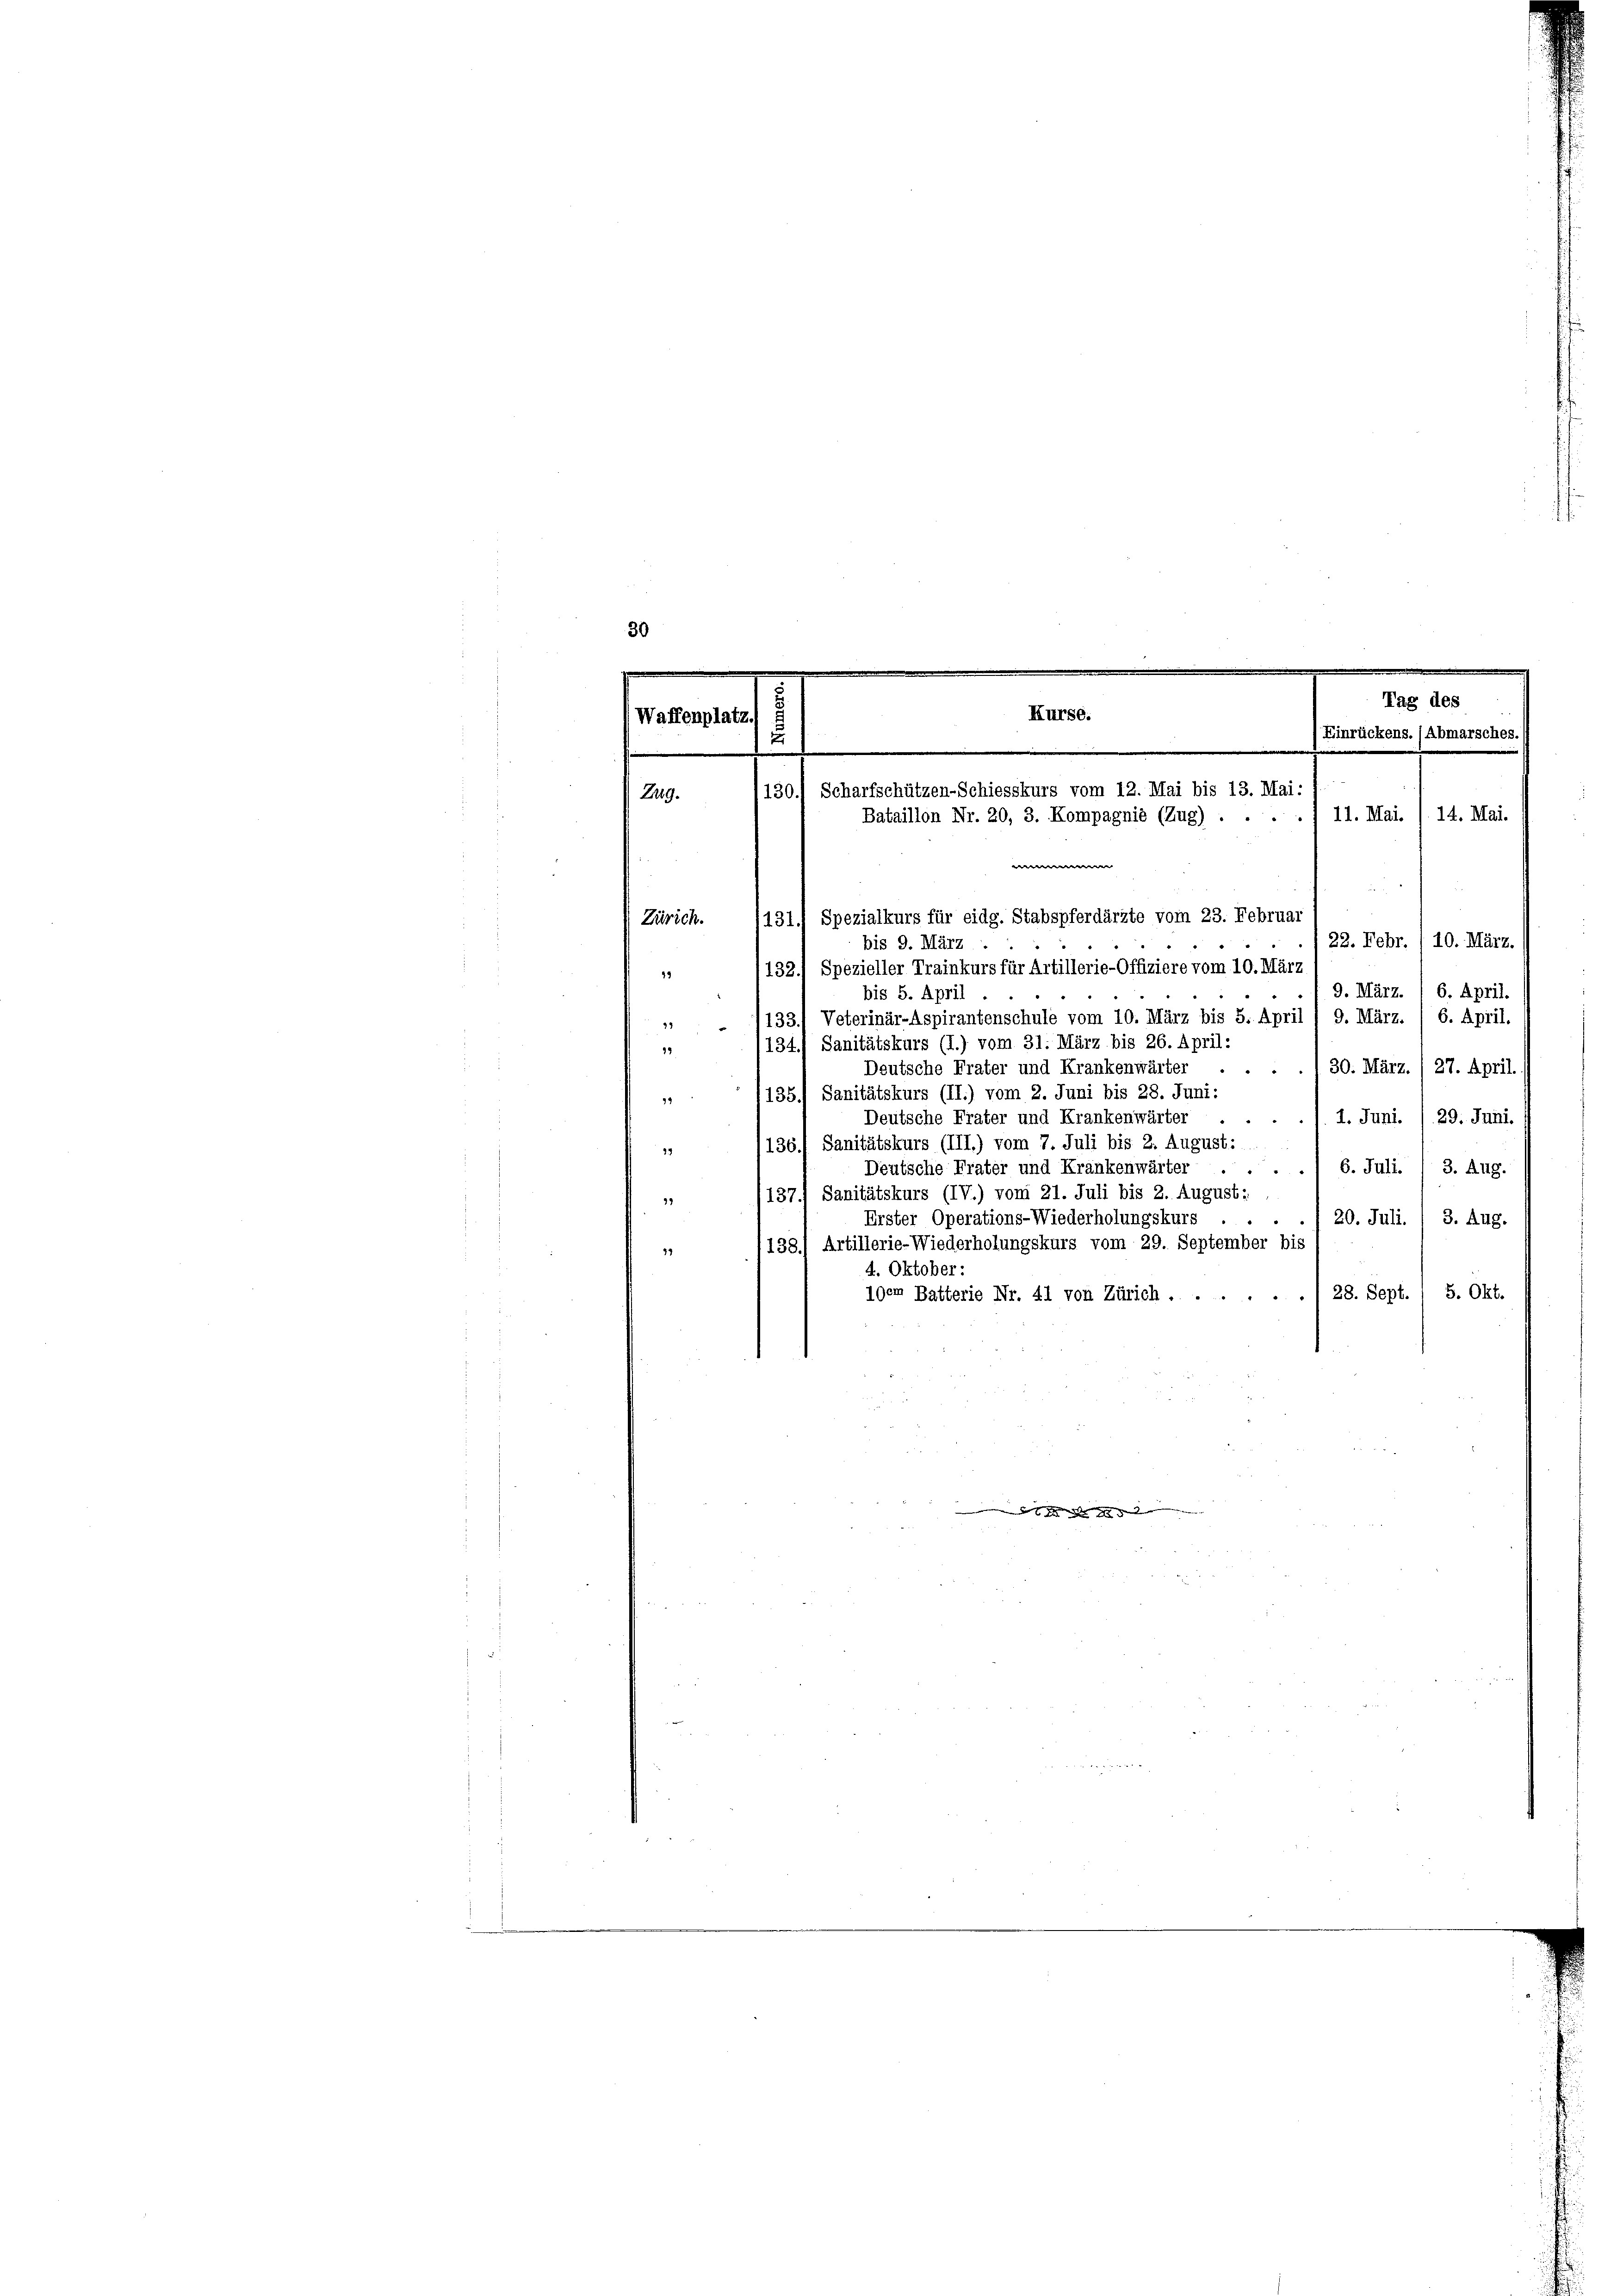
s

Waffenplatz.
s
Zug.
Zürich.
bis 9. März
49
bis 5. April.
19

.
d
Kurse.
u
.
1130. Scharfschützen-Schiesskurs vom 12. Mai bis 13. Mai:
Bataillon Nr. 20, 3. Kompagnie (Zug) . . .
e
131) Spezialkurs für eidg. Stabspferdärzte vom 23. Februar

132.) Spezieller Trainkurs für Artillerie-Offiziere vom 10. März
/133.) Veterinär-Aspirantenschule vom 10. März bis 5. April / 9. März. / 6. April.
134.) Sanitätskurs (I.) vom 31. März bis 26. April:
30. März. I 27. April. (
Deutsche Frater und Krankenwärter . . .
135.) Sanitätskurs (II.) vom 2. Juni bis 28. Juni:
94
Deutsche Frater und Krankenwärter
1. Juni. /29. Juni.
136.) Sanitätskurs (III.) vom 7. Juli bis 2. August:
29
6. Juli. (3. Aug.
Deutsche Frater und Krankenwärter ...
137) Sanitätskurs (IV.) vom 21. Juli bis 2. August:
39
Erster Operations-Wiederholungskurs
20. Juli. I 3. Aug.

138) Artillerie-Wiederholungskurs vom 29. September bis
14
4. Oktober:
28. Sept. 1 5. Okt.
1gem Batterie Nr. 41 von Zürich ....
 1882

Tag des
Einrückens. (Abmarsches.
11. Mai.
14. Mai.
22. Febr. / 10. März.
9. März. / 6. April.